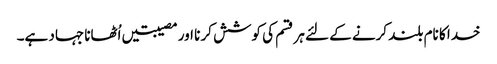
خدا کا نام بلند کرنے کے لئے ہر قسم کی کوشش کر نا اور مصیبتیں اُٹھانا جہاد ہے۔